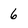
Character: 6